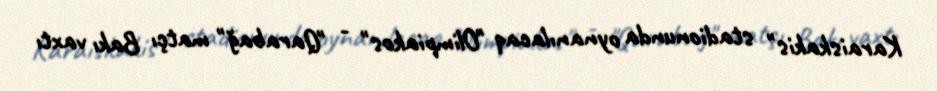
Karaiskakis" stadionunda oynanılacaq "Olimpiakos" - "Qarabağ" matçı Bakı vaxtı